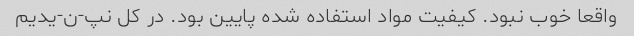
واقعا خوب نبود. کیفیت مواد استفاده شده پایین بود. در کل نپ-ن-یدیم